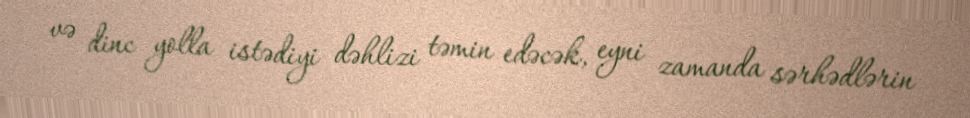
və dinc yolla istədiyi dəhlizi təmin edəcək, eyni zamanda sərhədlərin